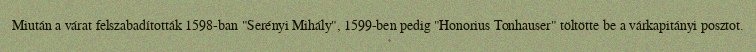
Miután a várat felszabadították 1598-ban "Serényi Mihály", 1599-ben pedig "Honorius Tonhauser" töltötte be a várkapitányi posztot.